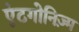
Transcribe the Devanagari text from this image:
एंटगोनिज़्म